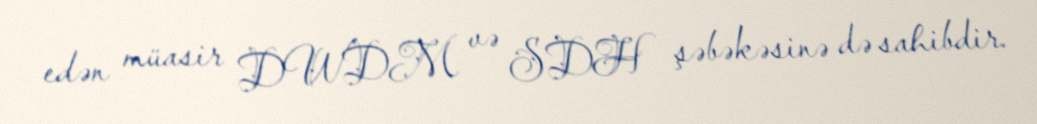
edən müasir DWDM və SDH şəbəkəsinə də sahibdir.